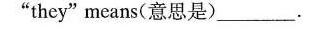
"they"means(意思是)___.